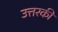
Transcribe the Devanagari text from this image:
उत्तरकी